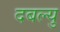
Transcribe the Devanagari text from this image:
दबल्यु